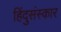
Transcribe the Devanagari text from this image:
हिंदुसंस्कार